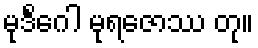
မုဒိင်္ဂေါ မုရဇောဿ တု။